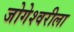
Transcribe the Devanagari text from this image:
जोगेश्वरीला